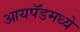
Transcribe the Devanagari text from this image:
आयपॅडमध्ये